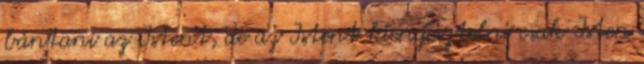
bántani az Istent, de az Istent kiengesztelni csak Isten